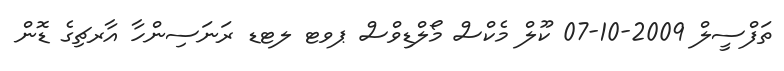
ތަފްސީލް 2009-10-07 ކޫލް މެކްސް މޯލްޑިވްސް ޕވޓ ލޓޑ ރަނަސިންހާ އާރޗިގެ ޑޮން